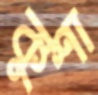
কুশা